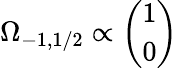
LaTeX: \Omega_{-1,1/2}\propto{\binom{1}{0}}